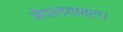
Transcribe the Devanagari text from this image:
नेपालयात्रा।